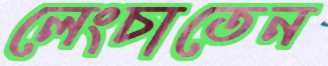
লেংচাতেন